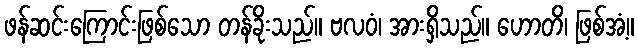
ဖန်ဆင်းကြောင်းဖြစ်သော တန်ခိုးသည်။ ဗလဝံ၊ အားရှိသည်။ ဟောတိ၊ ဖြစ်အံ့။